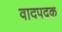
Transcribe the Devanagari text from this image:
वादपद्रक